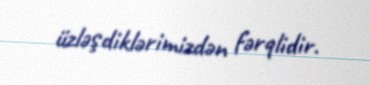
üzləşdiklərimizdən fərqlidir.